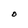
Character: O